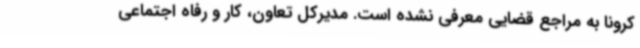
کرونا به مراجع قضایی معرفی نشده است. مدیرکل تعاون، کار و رفاه اجتماعی